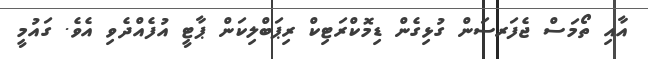
އާއި ތޯމަސް ޖެފަރސަން ގުޅިގެން ޑިމޮކްރަޓިކް ރިޕަބްލިކަން ޕާޓީ އުފެއްދެވި އެވެ. ގައުމީ